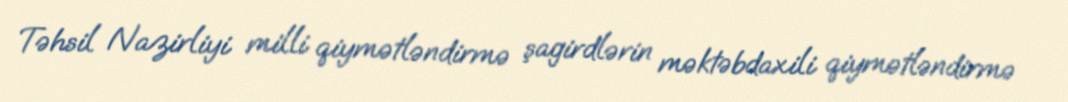
Təhsil Nazirliyi milli qiymətləndirmə şagirdlərin məktəbdaxili qiymətləndirmə